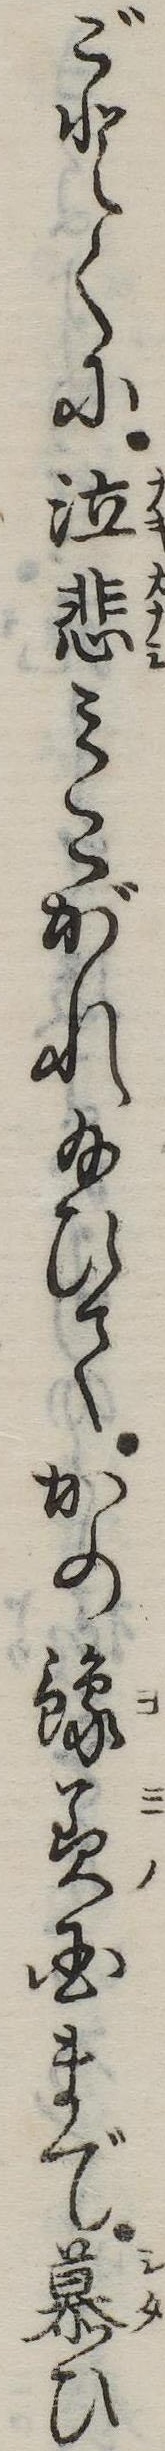
ごとくに泣悲みこがれ給ひてかの予美国まで慕ひ